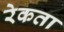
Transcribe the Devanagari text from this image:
रेकता